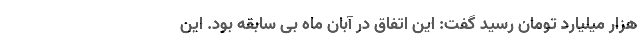
هزار میلیارد تومان رسید گفت: این اتفاق در آبان ماه بی سابقه بود. این